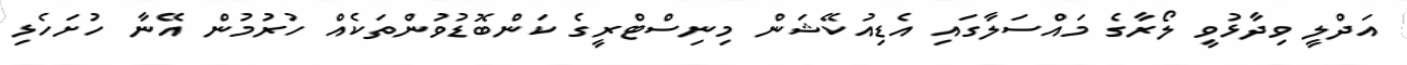
އަދްލީ ވިދާޅުވީ ލޯރާގެ މައްސަލާގައި އެޑިއުކޭޝަން މިނިސްޓްރީގެ ކަންބޮޑުވުންތަކެއް ހުރުމުން އޭނާ ހުށަހެޅި